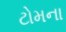
ટોમના